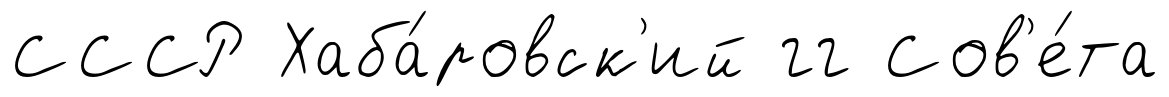
СССР Хаба́ровск'ий гг Сов'е́та